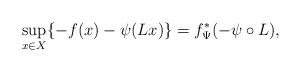
LaTeX: \begin{align*}\sup\limits_{x\in X}\{-f(x)-\psi(Lx)\} = f^*_{\Psi} (-\psi\circ L),\end{align*}